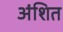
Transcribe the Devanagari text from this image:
अंशित